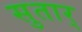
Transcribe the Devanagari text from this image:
सुतार्